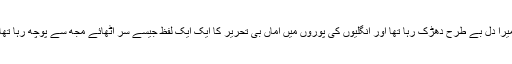
میرا دل بے طرح دھڑک رہا تھا اور انگلیوں کی پوروں میں اماں بی تحریر کا ایک ایک لفظ جیسے سر اٹھائے مجھ سے پوچھ رہا تھا۔